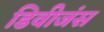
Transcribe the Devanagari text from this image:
डिवीजंस